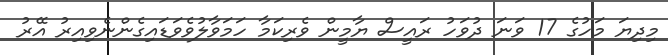
މިދިޔަ މަހުގެ 17 ވަނަ ދުވަހު ރައީސް ޔާމީން ވެރިކަމާ ހަމަވާލުވެވަޑައިގެންނެވިއިރު އޭރު